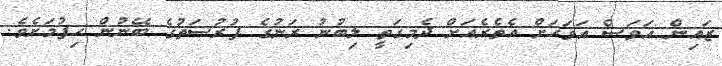
ޒައިން އަވަސް އަވަހަށް އެތެރެއަށް ދެމިގަތީ ލިބުނު ރަނުގެ ފުރުސަތުގެ ބޭނުން ހިފުމަށެވެ.